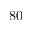
8 0